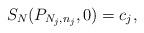
LaTeX: \begin{align*} S_N(P_{N_j,n_j},0)=c_j,\end{align*}